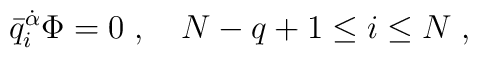
\bar q_i^{\dot\alpha}\Phi=0\;, \quad  N-q+1\leq i \leq N \;,